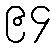
၉၄